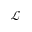
\mathcal { L }